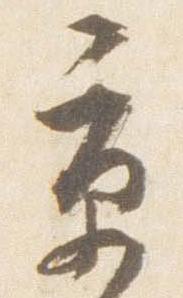
京